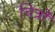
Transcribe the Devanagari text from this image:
चित्रोँ